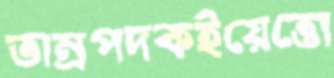
তাম্রপদকইয়েত্তো